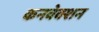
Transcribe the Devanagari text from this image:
कनवेक्शन